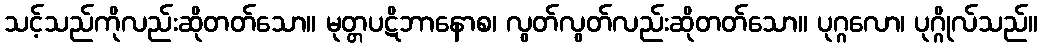
သင့်သည်ကိုလည်းဆိုတတ်သော။ မုတ္တပဋိဘာနောစ၊ လွတ်လွတ်လည်းဆိုတတ်သော။ ပုဂ္ဂလော၊ ပုဂ္ဂိုလ်သည်။